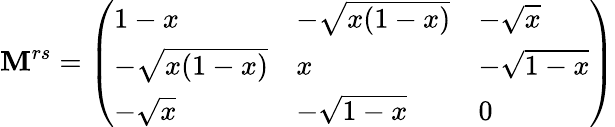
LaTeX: \mathbf{M}^{rs}=\left(\begin{array}{lll}{{1-x}}&{{-\sqrt{x(1-x)}}}&{{-\sqrt{x}}}\\ {{-\sqrt{x(1-x)}}}&{{x}}&{{-\sqrt{1-x}}}\\ {{-\sqrt{x}}}&{{-\sqrt{1-x}}}&{{0}}\end{array}\right)